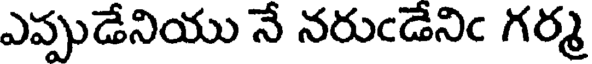
ఎప్పుడేనియు నే నరుఁడేనిఁ గర్మ